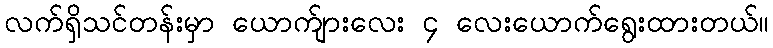
လက်ရှိသင်တန်းမှာ ယောက်ျားလေး ၄ လေးယောက်ရွေးထားတယ်။